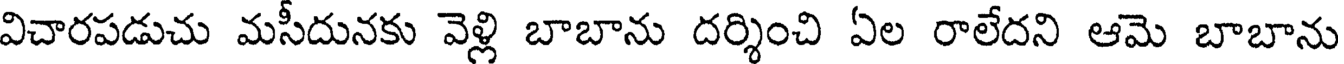
విచారపడుచు మసీదునకు వెళ్లి బాబాను దర్శించి ఏల రాలేదని ఆమె బాబాను